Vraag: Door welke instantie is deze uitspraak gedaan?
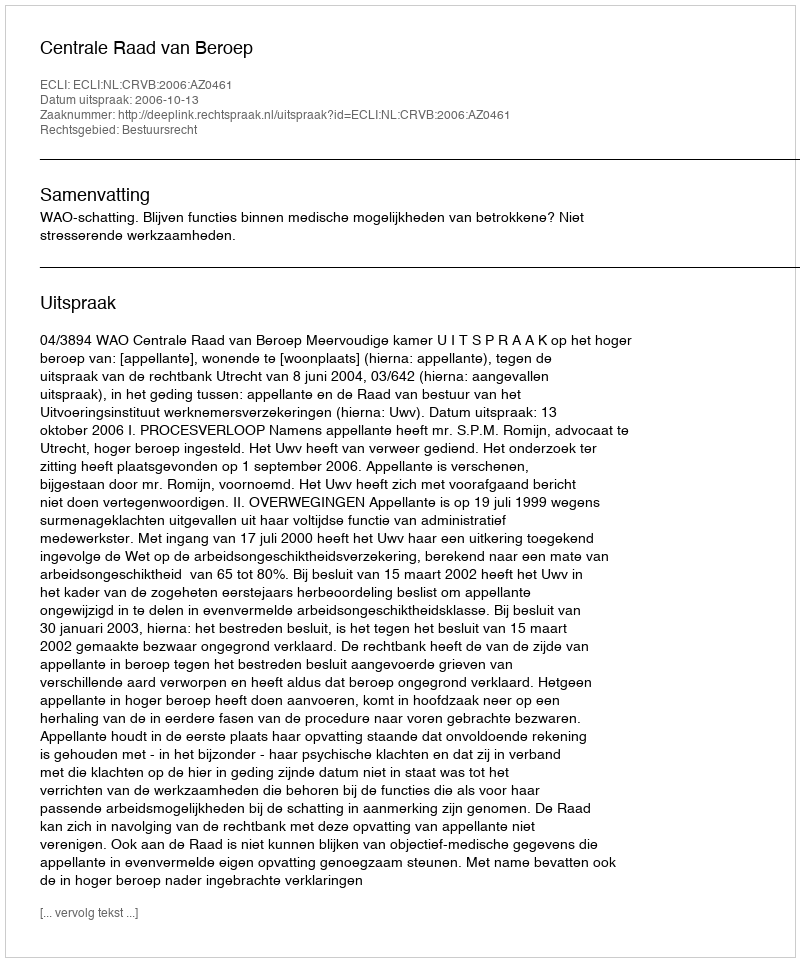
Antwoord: Centrale Raad van Beroep